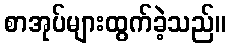
စာအုပ်များထွက်ခဲ့သည်။